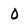
Character: 0